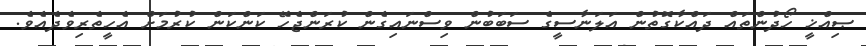
ޞިއްޚީ ހޯދުންތައް ދައްކާގޮތުން އަލަނާސީގެ ސަބަބުން ވިސްނައިގެން ކުރަންޖެހޭ ކަންކަން ކުރުމަށް އެހީތެރިވެދެއެވެ.